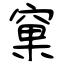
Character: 窠